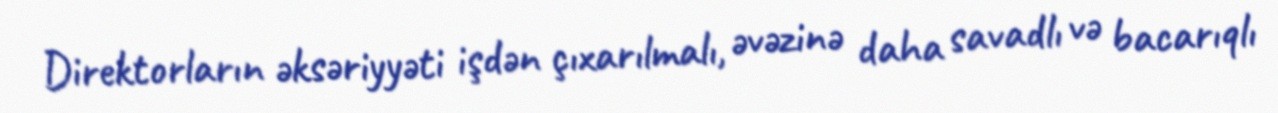
Direktorların əksəriyyəti işdən çıxarılmalı, əvəzinə daha savadlı və bacarıqlı